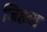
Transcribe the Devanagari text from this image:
जिहवा